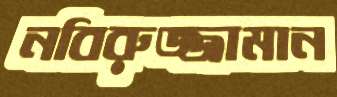
নবিরুজ্জামান